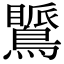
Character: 𪅚